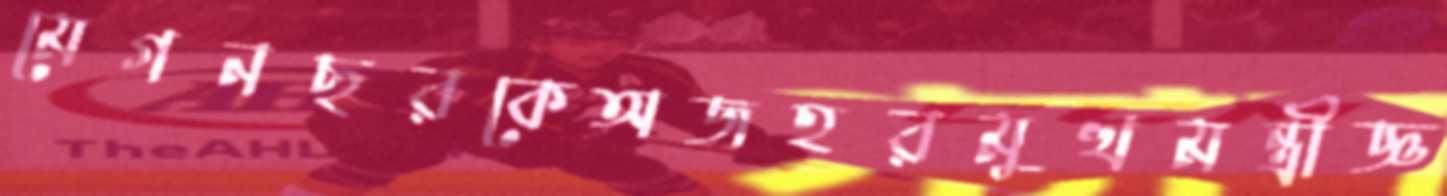
মেগনছরকেঅজহরমুখমন্ত্রীজ্ঞ